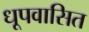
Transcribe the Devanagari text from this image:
धूपवासित